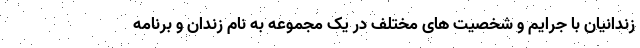
زندانیان با جرایم و شخصیت های مختلف در یک مجموعه به نام زندان و برنامه